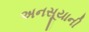
અનસૂયાની